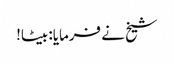
شیخ نے فرمایا: بیٹا!